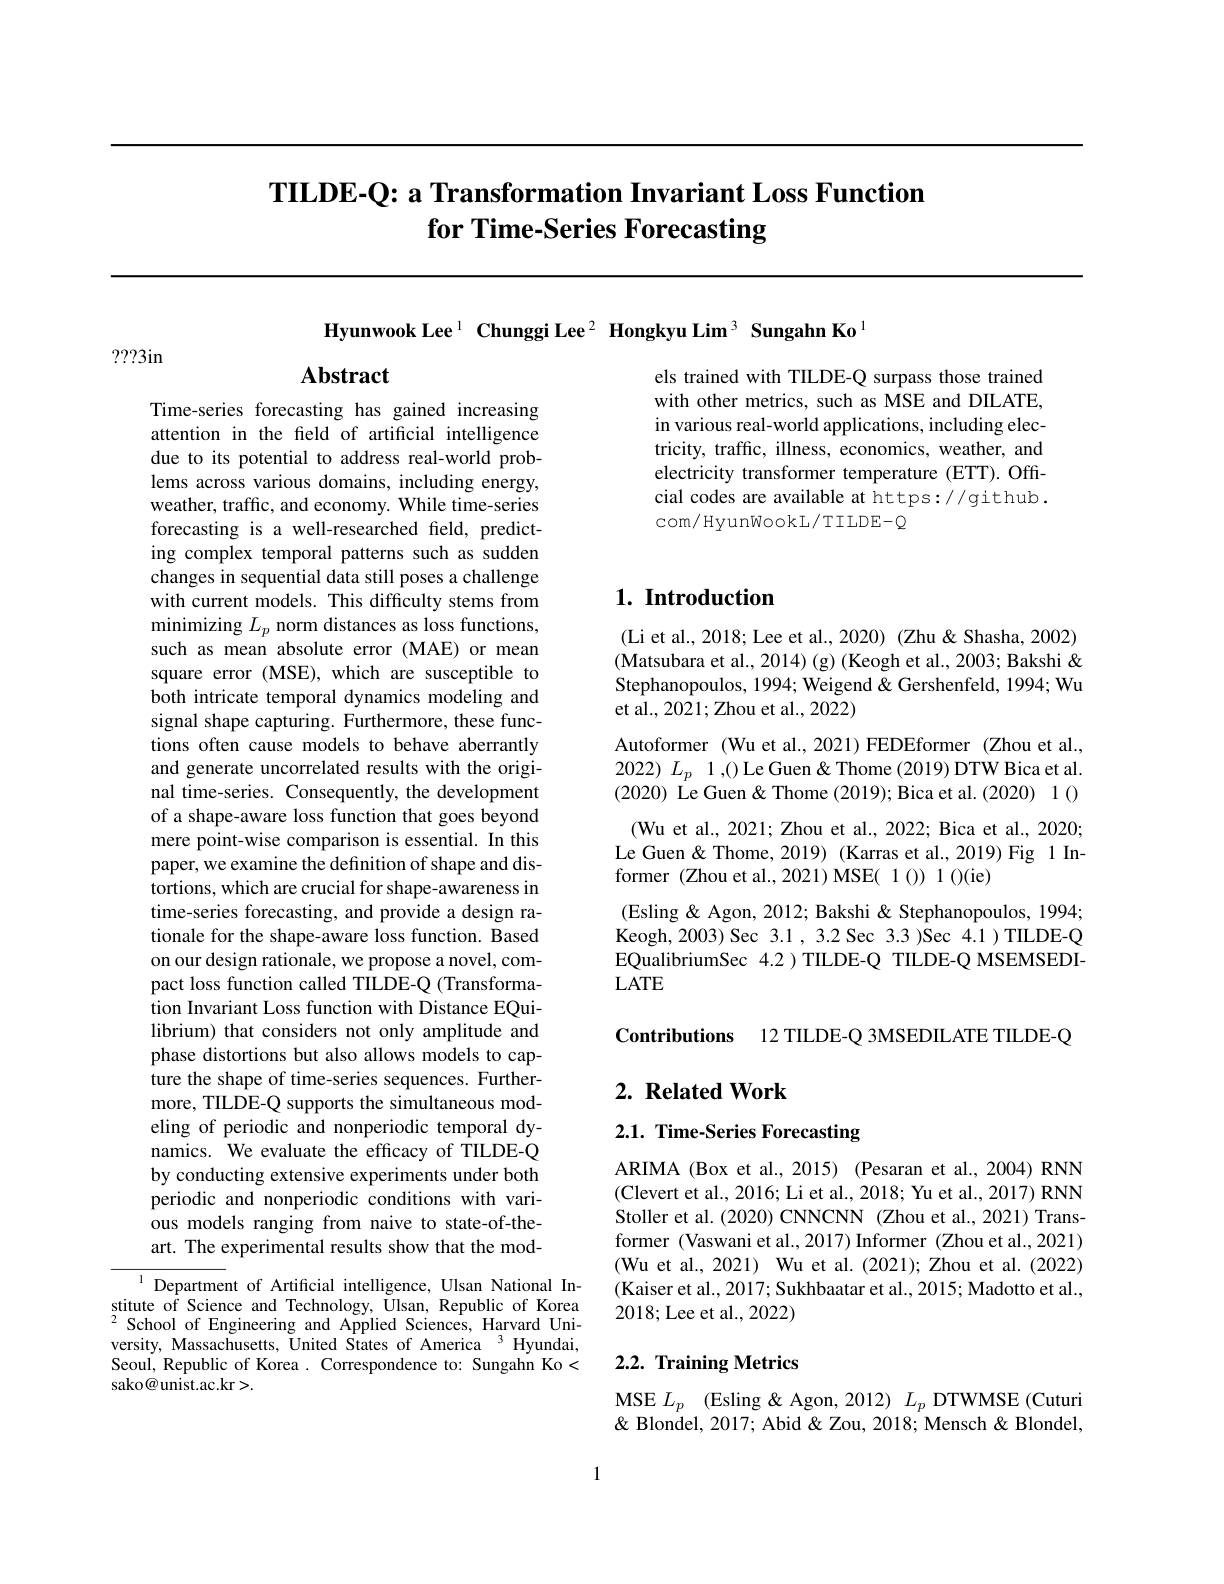
# TILDE-Q: a Transformation Invariant Loss Function for Time-Series Forecasting

$\textbf{Hyunwook Lee}^{1}\textbf{ Chunggi Lee}^{2}\textbf{ Hongkyu Lim}^{3}\textbf{ Sungahn Ko}^{1}$

???3in

# Abstract

els trained with TILDE-Q surpass those trained with other metrics, such as MSE and DILATE, in various real-world applications, including electricity, traffic, illness, economics, weather, and electricity transformer temperature (ETT).Offcial codes are available at https://github. com/ HyunWookL/ TILDE-Q

# 1. Introduction

(Li et al., 2018; Lee et al., 2020) (Zhu& Shasha, 2002) (Matsubara et al., 2014)(g)(Keogh et al., 2003; Bakshi& Stephanopoulos, 1994; Weigend & Gershenfeld, 1994; Wu et al., 2021; Zhou et al., 2022)
Autoformer (Wu et al., 2021) FEDEformer (Zhou et al., 2022) $L_p$ 1,() Le Guen& Thome (2019) DTW Bica et al (2020) Le Guen& Thome (2019); Bica et al. (2020) 1 () (Wu et al., 2021; Zhou et al., 2022; Bica et al., 2020; Le Guen& Thome, 2019) (Karras et al., 2019) Fig 1 Informer (Zhou et al.,2021) MSE( 1 ()) 1 ()(ie)
(Esling & Agon, 2012; Bakshi & Stephanopoulos, 1994; Keogh, 2003) Sec 3.1 , 3.2 Sec 3.3 )Sec 4.1 ) TILDE-Q EQualibriumSec 4.2 ) TILDE-Q TILDE-Q MSEMSEDI- $LATE$

Time-series forecasting has gained increasing attention in the feld of artificial intelligence due to its potential to address real-world problems across various domains, including energy, weather, traffic, and economy. While time-series forecasting is a well-researched field, predicting complex temporal patterns such as sudden changes in sequential data still poses a challenge with current models. This difficulty stems from minimizing $L_p$ norm distances as loss functions, such as mean absolute error (MAE) or mean square error (MSE), which are susceptible to both intricate temporal dynamics modeling and signal shape capturing. Furthermore, these functions often cause models to behave aberrantly and generate uncorrelated results with the original time-series. Consequently, the development of a shape-aware loss function that goes beyond mere point-wise comparison is essential. In this paper, we examine the definition of shape and distortions, which are crucial for shape-awareness in time-series forecasting, and provide a design rationale for the shape-aware loss function. Based on our design rationale, we propose a novel, compact loss function called TILDE-Q (Transformation Invariant Loss function with Distance EQuilibrium) that considers not only amplitude and phase distortions but also allows models to capture the shape of time-series sequences. Furthermore, TILDE-Q supports the simultaneous modeling of periodic and nonperiodic temporal dynamics. We evaluate the efficacy of TILDE-Q by conducting extensive experiments under both periodic and nonperiodic conditions with various models ranging from naive to state-of-theart. The experimental results show that the mod- ${^{1}\text{Departme}}$nt of Artificial intelligence, Ulsan National In-

Contributions 12 TILDE-Q 3MSEDILATE TILDE-Q

## $2. \textbf{ Related Work}$

2.1. Time-Series Forecasting

ARIMA (Box et al., 2015) (Pesaran et al., 2004) RNN (Clevert et al., 2016; Li et al., 2018; Yu et al., 2017) RNN Stoller et al. (2020) CNNCNN (Zhou et al., 2021) Transformer (Vaswani et al., 2017) Informer (Zhou et al., 2021) (Wu et al., 2021) Wu et al. (2021); Zhou et al. (2022) (Kaiser et al., 2017; Sukhbaatar et al., 2015; Madotto et al., 2018;Lee et al., 2022)

stitute of Science and Technology, Ulsan, Republic of Korea $^{2}$School of Engineering and Applied Sciences, Harvard University, Massachusetts, United States of America $^{3}$ Hyundai, Seoul, Republic of Korea. Correspondence to: Sungahn Ko< sako@unist.ac.kr>.

## 2.2. Training Metrics

MSE $L_p$ (Esling & Agon, 2012) $L_p$ DTWMSE (Cuturi & Blondel, 2017; Abid & Zou, 2018; Mensch & Blondel,